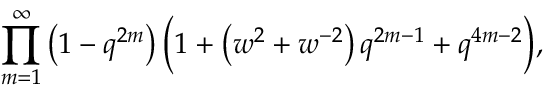
\prod _ { m = 1 } ^ { \infty } \left( 1 - q ^ { 2 m } \right) { \Big ( } 1 + \left( w ^ { 2 } + w ^ { - 2 } \right) q ^ { 2 m - 1 } + q ^ { 4 m - 2 } { \Big ) } ,